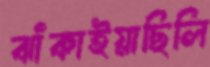
ঝাঁকাইয়াছিলি